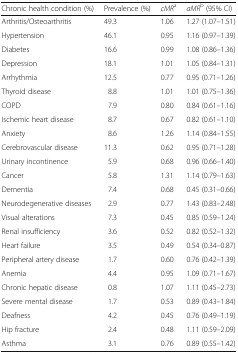
| Chronic health condition (%) | Prevalence (%) | cMRa | aMRb (95% CI) |
 | --- | --- | --- | --- |
 | Arthritis/Osteoarthritis | 49.3 | 1.06 | 1.27 (1.07–1.51) |
 | Hypertension | 46.1 | 0.95 | 1.16 (0.97–1.39) |
 | Diabetes | 16.6 | 0.99 | 1.08 (0.86–1.36) |
 | Depression | 18.1 | 1.01 | 1.05 (0.84–1.31) |
 | Arrhythmia | 12.5 | 0.77 | 0.95 (0.71–1.26) |
 | Thyroid disease | 8.8 | 1.01 | 1.01 (0.75–1.36) |
 | COPD | 7.9 | 0.80 | 0.84 (0.61–1.16) |
 | Ischemic heart disease | 8.7 | 0.67 | 0.82 (0.61–1.10) |
 | Anxiety | 8.6 | 1.26 | 1.14 (0.84–1.55) |
 | Cerebrovascular disease | 11.3 | 0.62 | 0.95 (0.71–1.28) |
 | Urinary incontinence | 5.9 | 0.68 | 0.96 (0.66–1.40) |
 | Cancer | 5.8 | 1.31 | 1.14 (0.79–1.63) |
 | Dementia | 7.4 | 0.68 | 0.45 (0.31–0.66) |
 | Neurodegenerative diseases | 2.9 | 0.77 | 1.43 (0.83–2.48) |
 | Visual alterations | 7.3 | 0.45 | 0.85 (0.59–1.24) |
 | Renal insufficiency | 3.6 | 0.52 | 0.82 (0.52–1.32) |
 | Heart failure | 3.5 | 0.49 | 0.54 (0.34–0.87) |
 | Peripheral artery disease | 1.7 | 0.60 | 0.76 (0.42–1.39) |
 | Anemia | 4.4 | 0.95 | 1.09 (0.71–1.67) |
 | Chronic hepatic disease | 0.8 | 1.07 | 1.11 (0.45–2.73) |
 | Severe mental disease | 1.7 | 0.53 | 0.89 (0.43–1.84) |
 | Deafness | 4.2 | 0.45 | 0.76 (0.49–1.19) |
 | Hip fracture | 2.4 | 0.48 | 1.11 (0.59–2.09) |
 | Asthma | 3.1 | 0.76 | 0.89 (0.55–1.42) |